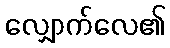
လျှောက်လေ၏